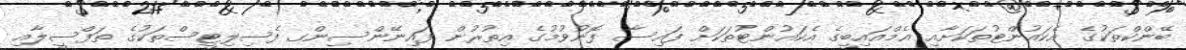
ބޭންކްތަކުގެ އެކައުންޓުތަކަށާއި އެމްއައިބީގެ އެކައުންޓުތަކަށް ފައިސާ ފޮނުވުމުގެ އިތުރުން ފައިނޭންސިންގ ފެސިލިޓީސްތަކުގެ ތަފްސީލާއި